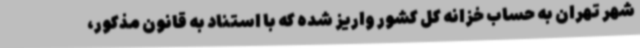
شهر تهران به حساب خزانه کل کشور واریز شده که با استناد به قانون مذکور،